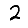
Digit: 2